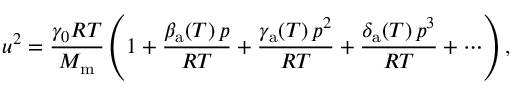
u ^ { 2 } = \frac { \gamma _ { 0 } R T } { M _ { \mathrm { m } } } \left( 1 + \frac { \beta _ { \mathrm { a } } ( T ) \, p } { R T } + \frac { \gamma _ { \mathrm { a } } ( T ) \, p ^ { 2 } } { R T } + \frac { \delta _ { \mathrm { a } } ( T ) \, p ^ { 3 } } { R T } + \cdots \right) ,